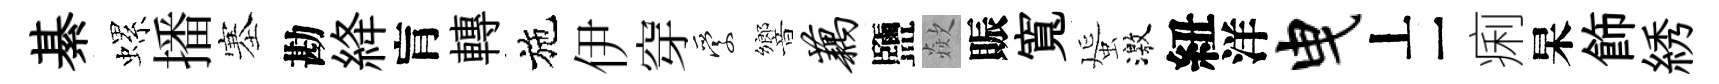
綦螺播塞勘絳肓轉施伊穿愛響藕鹽歘賑寬蜑激紐洋曳丄一痢杲飾綉